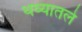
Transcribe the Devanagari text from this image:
थव्यातले